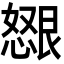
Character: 𫻂